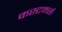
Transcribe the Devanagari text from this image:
कस्टमर्स